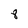
Character: 8